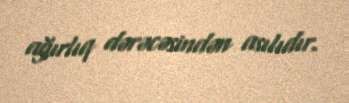
ağırlıq dərəcəsindən asılıdır.